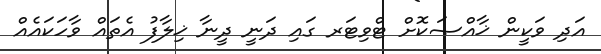
އަދި ވަކީން ޚާއްޞަކޮށް ޓްވިޓަރ ގައި ދަނީ ދީނާ ޚިލާފު އެތައް ވާހަކައެއް